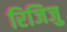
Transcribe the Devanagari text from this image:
रिजिजु